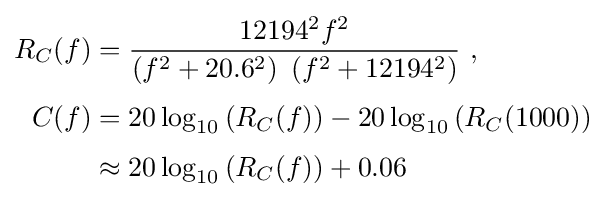
{\begin{aligned}R_{C}(f)&={12194^{2}f^{2} \over \left(f^{2}+20.6^{2}\right)\ \left(f^{2}+12194^{2}\right)}\ ,\\[3pt]C(f)&=20\log _{10}\left(R_{C}(f)\right)-20\log _{10}\left(R_{C}(1000)\right)\\[3pt]&\approx 20\log _{10}\left(R_{C}(f)\right)+0.06\end{aligned}}